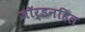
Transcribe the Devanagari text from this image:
जॉर्डनहिल